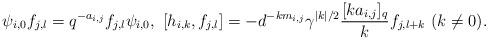
LaTeX: \begin{align*} \psi_{i,0}f_{j,l}=q^{-a_{i,j}}f_{j,l}\psi_{i,0},\ [h_{i, k}, f_{j,l}]=-d^{-km_{i,j}}\gamma^{|k|/2}\frac{[ka_{i,j}]_q}{k}f_{j,l+k}\ (k\ne 0).\end{align*}